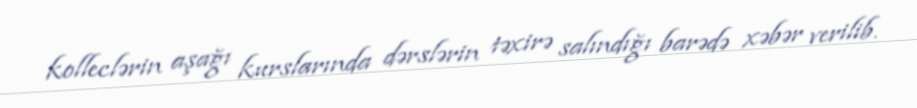
kolleclərin aşağı kurslarında dərslərin təxirə salındığı barədə xəbər verilib.